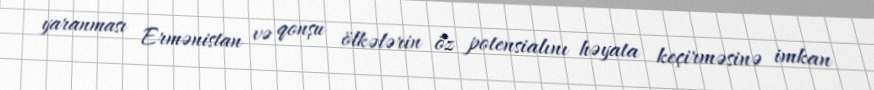
yaranması Ermənistan və qonşu ölkələrin öz potensialını həyata keçirməsinə imkan